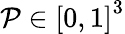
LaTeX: \mathcal{P}\in{[0,1]}^{3}